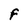
Character: F